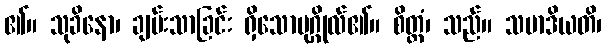
၏။ သုခိနော၊ ချမ်းသာခြင်း ရှိသောပုဂ္ဂိုလ်၏။ စိတ္တံ၊ သည်။ သမာဒိယတိ၊